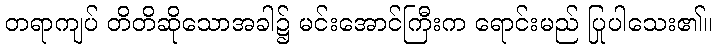
တရာကျပ် တိတိဆိုသောအခါ၌ မင်းအောင်ကြီးက ရောင်းမည် ပြုပါသေး၏။